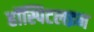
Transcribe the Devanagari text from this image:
हॉस्पिटलइन